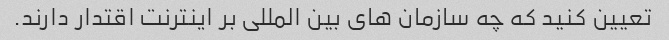
تعیین کنید که چه سازمان های بین المللی بر اینترنت اقتدار دارند.